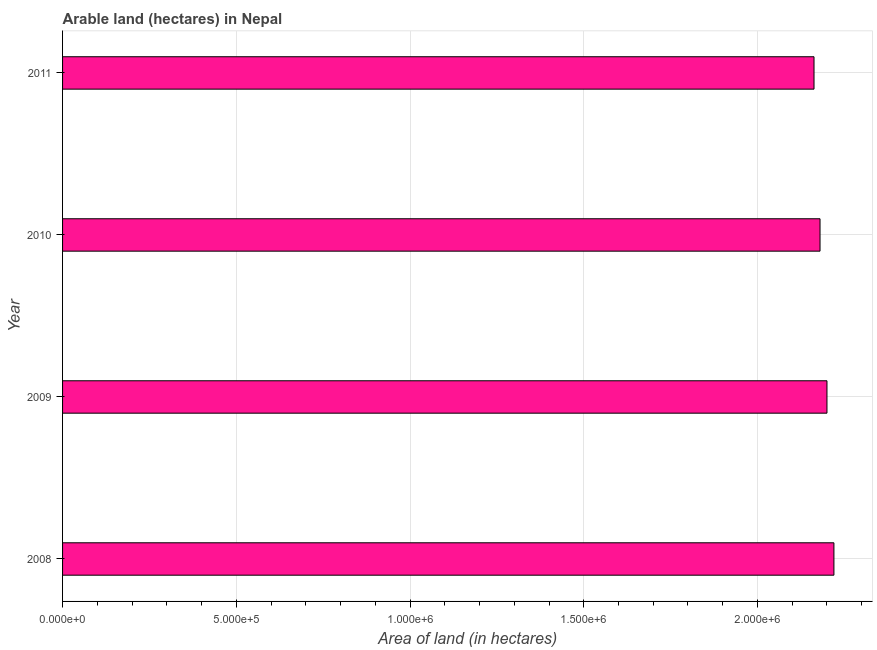
| Year | Area of land |
 | --- | --- |
 | 2008 | 2.22e+06 |
 | 2009 | 2.2e+06 |
 | 2010 | 2.18e+06 |
 | 2011 | 2.16e+06 |